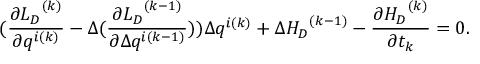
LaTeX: ( \frac { \partial { { L } _ { D } } ^ { ( k ) } } { \partial q ^ { i ( k ) } } - \Delta ( \frac { \partial { { L } _ { D } } ^ { ( k - 1 ) } } { \partial \Delta q ^ { i ( k - 1 ) } } ) ) \Delta q ^ { i ( k ) } + \Delta { { H } _ { D } } ^ { ( k - 1 ) } - \frac { \partial { H _ { D } } ^ { ( k ) } } { \partial t _ { k } } = 0 .